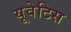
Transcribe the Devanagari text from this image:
यूवेटिस